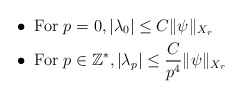
\begin{align*} &\bullet \textrm{ For } p=0 , \vert \lambda_0 \vert\leq C \Vert \psi \Vert_{X_r}\\&\bullet \textrm{ For }p\in\mathbb{Z}^*, \vert \lambda_p \vert\leq \dfrac{C}{p^4} \Vert \psi \Vert_{X_r}\end{align*}